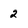
Character: 2